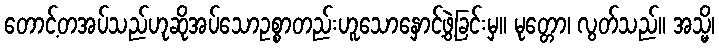
တောင့်တအပ်သည်ဟုဆိုအပ်သောဥစ္စာတည်းဟူသောနှောင့်ဖွဲ့ခြင်းမှ။ မုတ္တော၊ လွတ်သည်။ အသ္မိ၊